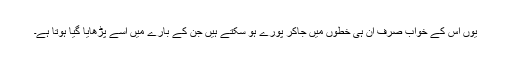
یوں اس کے خواب صرف ان ہی خطوں میں جاکر پورے ہو سکتے ہیں جن کے بارے میں اسے پڑھایا گیا ہوتا ہے۔